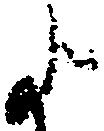
よ